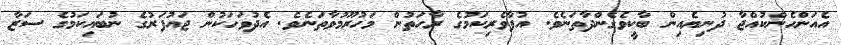
އެއަންހެންކުއްޖާ ދުނިޔެއިން ބާކީވެގެންދާތަނެވެ. އުފާވެރިކަމުގެ ރާހަތުން މަހުރޫމުވާތަނެވެ. އެދުވަހަކުން ޖައުފަރުގެ ނުބައިކަމުގެ ސަޒާ